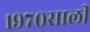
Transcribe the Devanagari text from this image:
१९७०साली